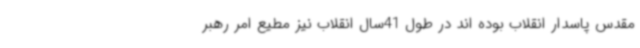
مقدس پاسدار انقلاب بوده اند در طول 41سال انقلاب نیز مطیع امر رهبر